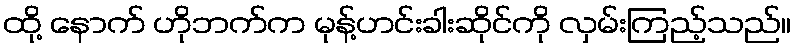
ထို့ နောက် ဟိုဘက်က မုန့်ဟင်းခါးဆိုင်ကို လှမ်းကြည့်သည်။